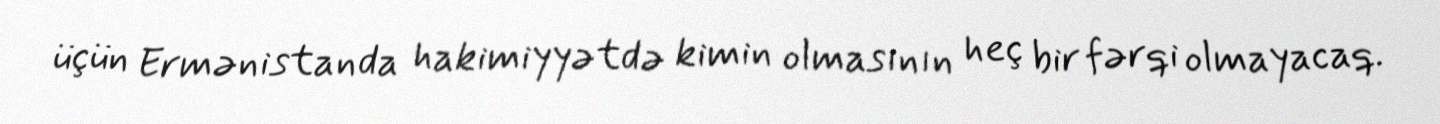
üçün Ermənistanda hakimiyyətdə kimin olmasının heç bir fərqi olmayacaq.